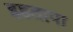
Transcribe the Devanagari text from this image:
इहतापा